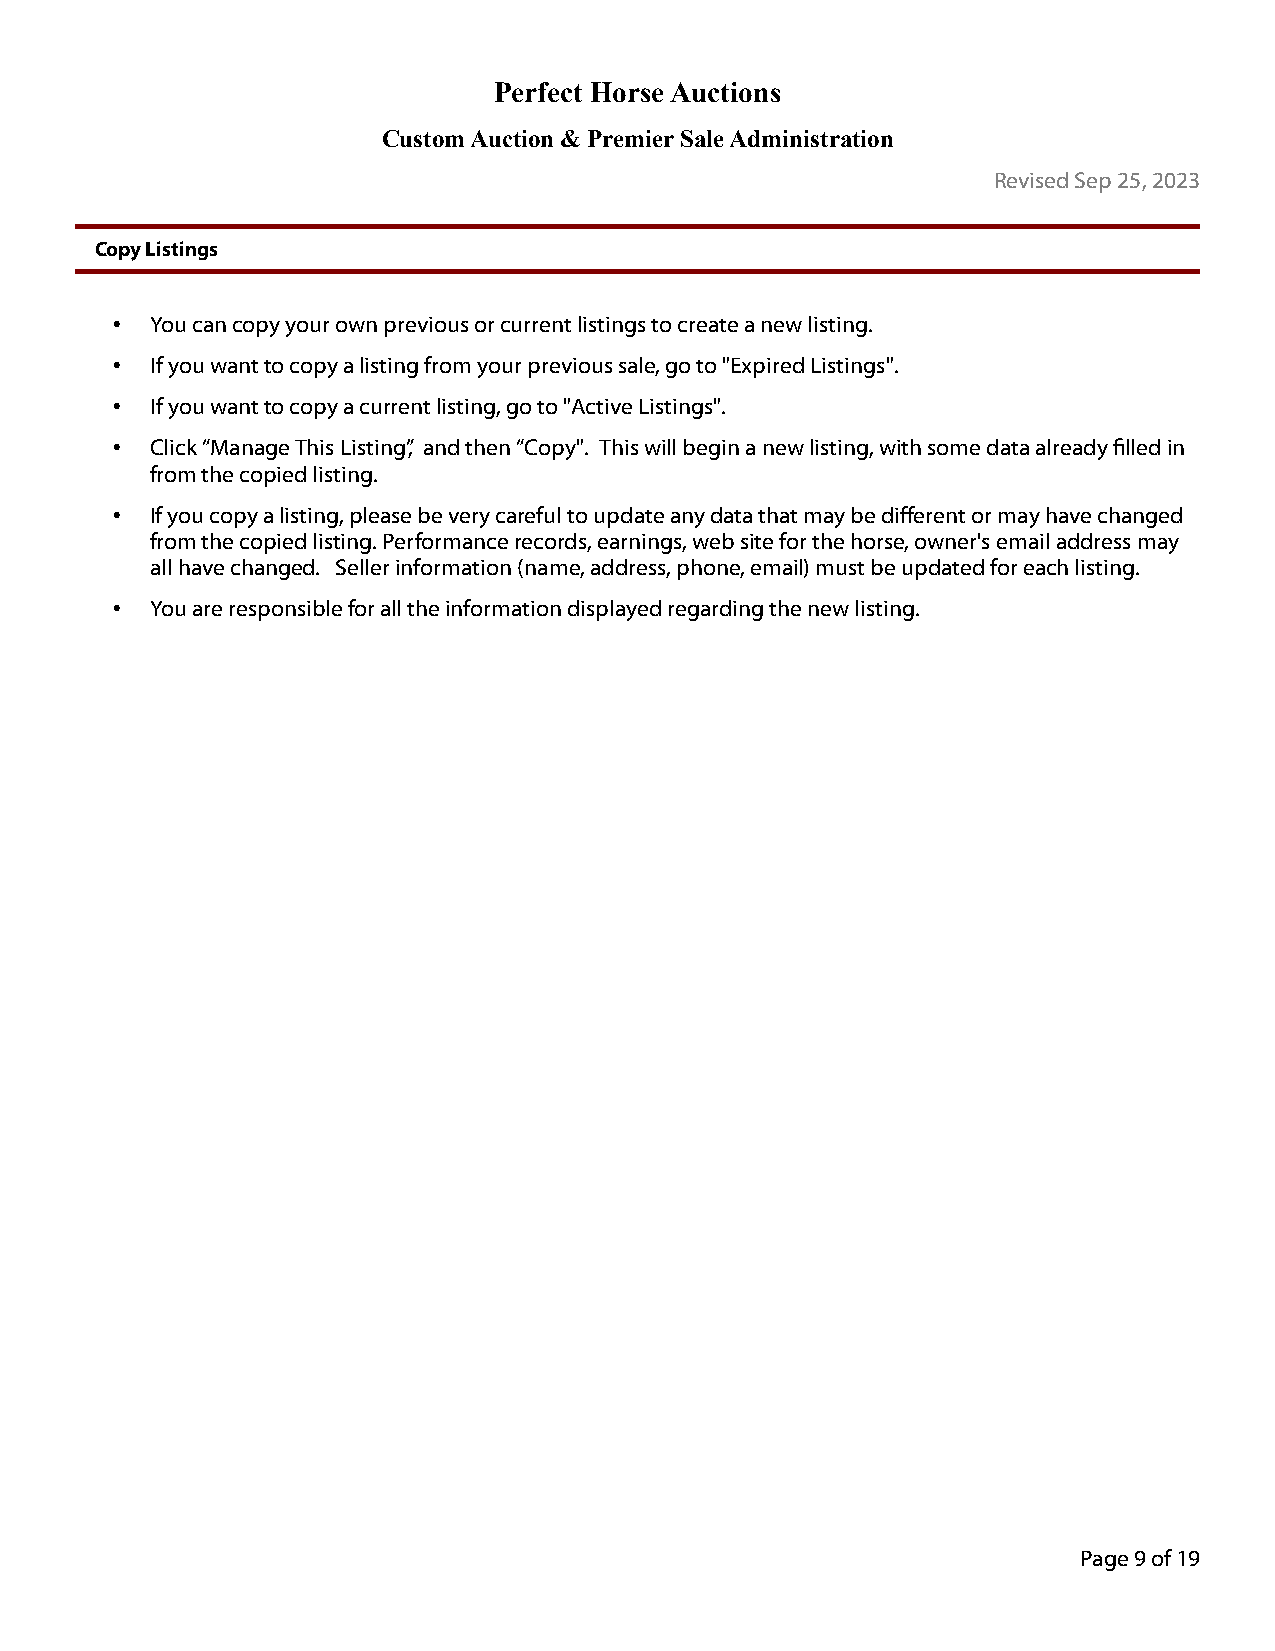
Perfect Horse Auctions
 Custom Auction & Premier Sale Administration
 Revised Sep 25, 2023
 Copy Listings
 •  You can copy your own previous or current listings to create a new listing.
 •  If you want to copy a listing from your previous sale, go to "Expired Listings".
 •  If you want to copy a current listing, go to "Active Listings".
 •  Click “Manage This Listing”, and then “Copy". This will begin a new listing, with some data already filled in
 from the copied listing.
 •  If you copy a listing, please be very careful to update any data that may be different or may have changed
 from the copied listing. Performance records, earnings, web site for the horse, owner's email address may
 all have changed. Seller information (name, address, phone, email) must be updated for each listing.
 •  You are responsible for all the information displayed regarding the new listing.
 Page 9 of 19